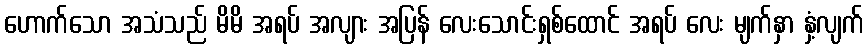
ဟောက်သော အသံသည် မိမိ အရပ် အလျား အပြန် လေးသောင်းရှစ်ထောင် အရပ် လေး မျက်နှာ နှံ့လျက်